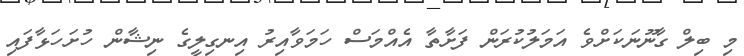
މި ބިލް ގާނޫނަކަށްވެ އަމަލުކުރަން ފަށާތާ އެއްމަސް ހަމަވާއިރު އިނގިލީގެ ނިޝާން ހުށަހަޅާފައި